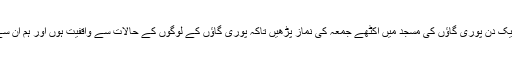
ہم ہفتے میں ایک دن پوری گاؤں کی مسجد میں اکٹھے جمعہ کی نماز پڑھیں تاکہ پوری گاؤں کے لوگوں کے حالات سے واقفیت ہوں اور ہم ان سے جڑ جائیں ۔